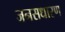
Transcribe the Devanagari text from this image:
जनसधारण